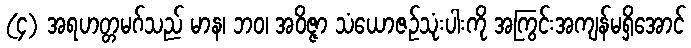
(၄) အရဟတ္တမဂ်သည် မာန၊ ဘဝ၊ အဝိဇ္ဇာ သံယောဇဉ်သုံးပါးကို အကြွင်းအကျန်မရှိအောင်